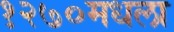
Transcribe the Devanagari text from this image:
१२७०मधला